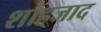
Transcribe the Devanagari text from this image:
शाहजाद